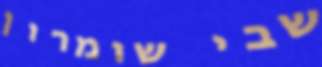
שבי שומרון